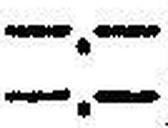
—.—